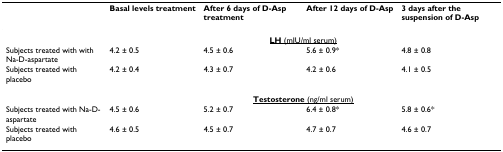
|  | Basal levels treatment | After 6 days of D-Asp treatment | After 12 days of D-Asp | 3 days after the suspension of D-Asp |
 | --- | --- | --- | --- | --- |
 |  | <COLSPAN=4> <underline>LH (mIU/ml serum)</underline> |
 | Subjects treated with with Na-D-aspartate | 4.2 ± 0.5 | 4.5 ± 0.6 | 5.6 ± 0.9* | 4.8 ± 0.8 |
 | Subjects treated with placebo | 4.2 ± 0.4 | 4.3 ± 0.7 | 4.2 ± 0.6 | 4.1 ± 0.5 |
 |  | <COLSPAN=4> <underline>Testosterone (ng/ml serum)</underline> |
 | Subjects treated with Na-D-aspartate | 4.5 ± 0.6 | 5.2 ± 0.7 | 6.4 ± 0.8* | 5.8 ± 0.6* |
 | Subjects treated with placebo | 4.6 ± 0.5 | 4.5 ± 0.7 | 4.7 ± 0.7 | 4.6 ± 0.7 |